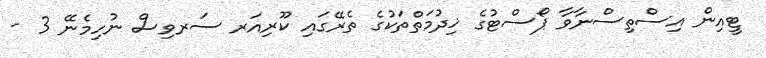
ޓީއިން އިސްތިސްނާވާ ޕޯސްޓުގެ ޚިދުމަތްތަކުގެ ތެރޭގައި ކޫރިއަރ ސަރވިސް ނުހިމެނޭ 3 -